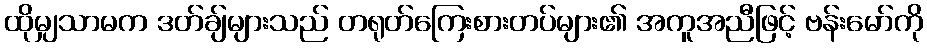
ထိုမျှသာမက ဒတ်ချ်များသည် တရုတ်ကြေးစားတပ်များ၏ အကူအညီဖြင့် ဗန်းမော်ကို